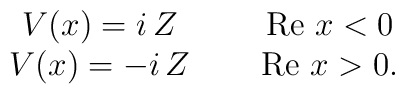
\begin{array}{cc} V(x) = i\,Z&  \ \ \ \ {\rm Re}\ x < 0\\ V(x) = -i\,Z&  \ \ \ \ {\rm Re}\ x > 0. \end{array}